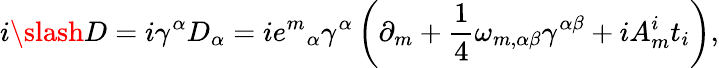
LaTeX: i\slash D=i\gamma^{\alpha}D_{\alpha}=i{e^{m}}_{\alpha}\gamma^{\alpha}\left(\partial_{m}+{\frac{1}{4}}\omega_{m,\alpha\beta}\gamma^{\alpha\beta}+iA_{m}^{i}t_{i}\right),